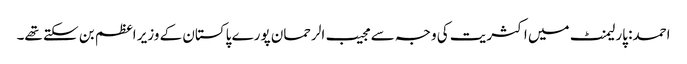
احمد: پارلیمنٹ میں اکثریت کی وجہ سے مجیب الرحمان پورے پاکستان کے وزیر اعظم بن سکتے تھے۔